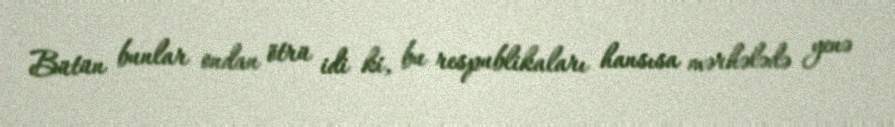
Bütün bunlar ondan ötrü idi ki, bu respublikaları hansısa mərhələdə yenə